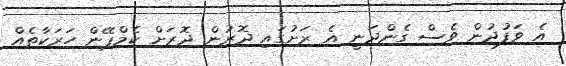
އެ ވަފުދުން ވެސް ގެންދަނީ އެ ރަށުގައި ދޮރުން ދޮރަށް ކެމްޕޭން ހަރަކާތެއް